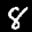
Label: 8